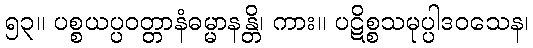
၅၃။ ပစ္စယပ္ပဝတ္တာနံဓမ္မာနန္တိ၊ ကား။ ပဋိစ္စသမုပ္ပါဒဝသေန၊